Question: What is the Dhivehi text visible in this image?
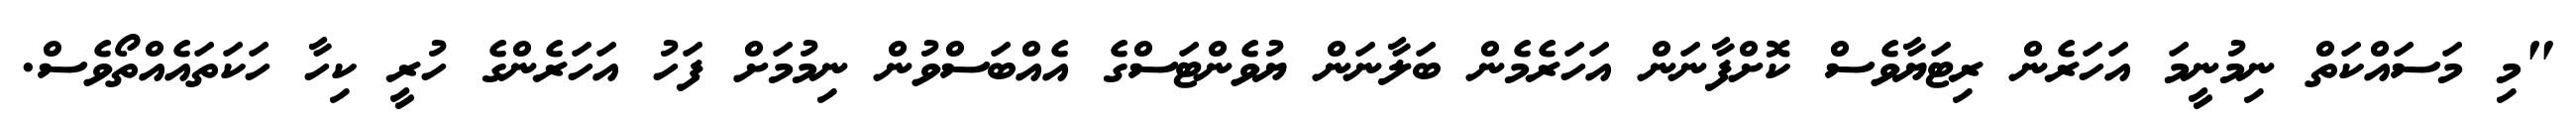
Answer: "މި މަސައްކަތް ނިމުނީމަ އަހަރެން ރިޓަޔާވެސް ކޮށްފާނަން އަހަރެމެން ބަލާނަން ޔުވެންޓަސްގެ އެއްބަސްވުން ނިމުމަށް ފަހު އަހަރެންގެ ހުރީ ކިހާ ހަކަތައެއްތޯވެސް.